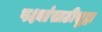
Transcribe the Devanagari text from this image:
पक्ष्यांसाठीसुद्धा